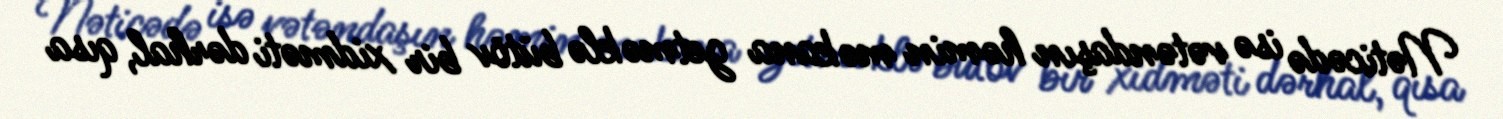
Nəticədə isə vətəndaşın həmin məkana getməklə bütöv bir xidməti dərhal, qısa